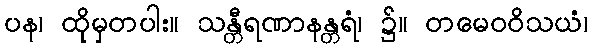
ပန၊ ထိုမှတပါး။ သန္တီရဏာနန္တရံ၊ ၌။ တမေဝဝိသယံ၊